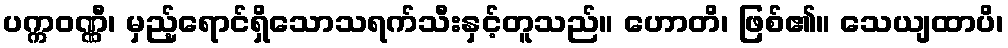
ပက္ကဝဏ္ဏီ၊ မှည့်ရောင်ရှိသောသရက်သီးနှင့်တူသည်။ ဟောတိ၊ ဖြစ်၏။ သေယျထာပိ၊